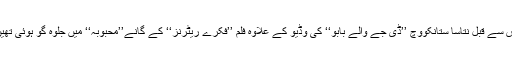
اس سے قبل نتاسا ستانکووچ ’’ڈی جے والے بابو‘‘ کی وڈیو کے علاوہ فلم ’’فکرے ریٹرنز‘‘ کے گانے’’محبوبہ‘‘ میں جلوہ گو ہوئی تھیں۔